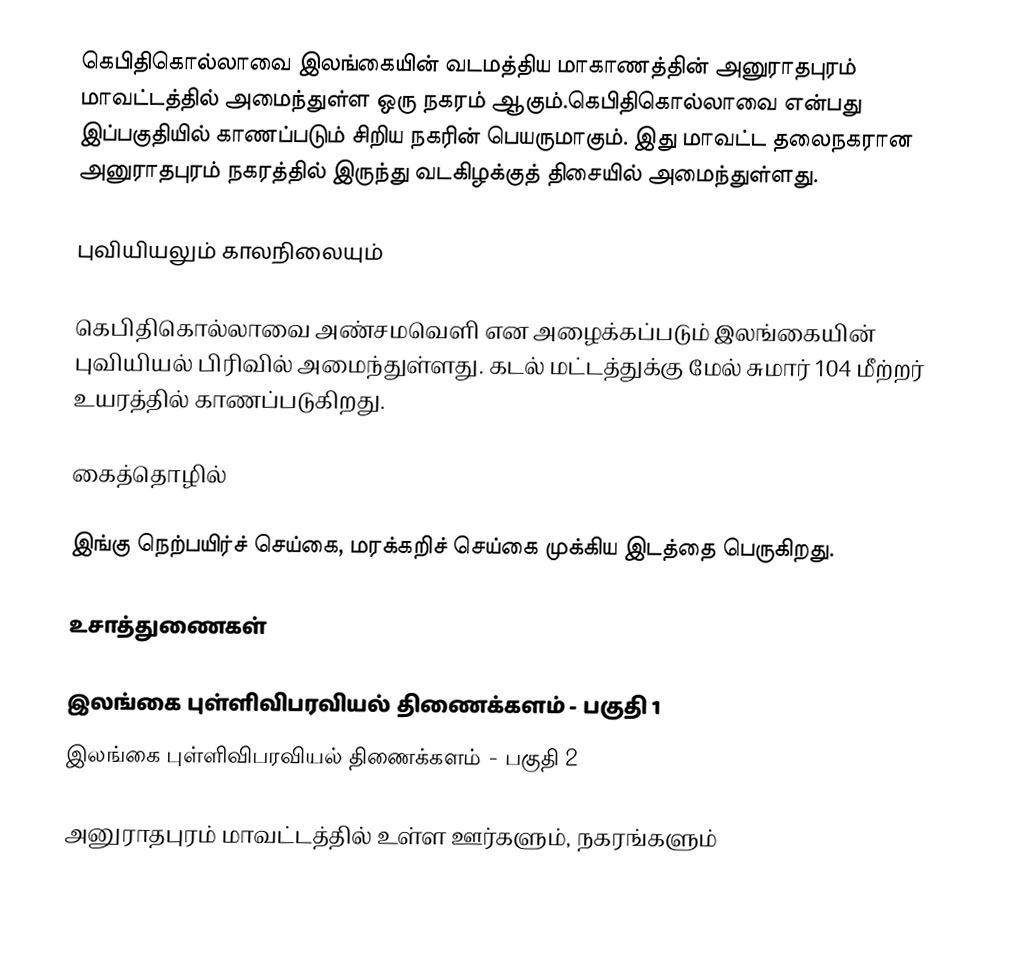
கெபிதிகொல்லாவை இலங்கையின் வடமத்திய மாகாணத்தின் அனுராதபுரம் மாவட்டத்தில் அமைந்துள்ள ஒரு நகரம் ஆகும்.கெபிதிகொல்லாவை என்பது இப்பகுதியில் காணப்படும்  சிறிய நகரின் பெயருமாகும். இது மாவட்ட தலைநகரான அனுராதபுரம் நகரத்தில் இருந்து  வடகிழக்குத் திசையில்  அமைந்துள்ளது.

புவியியலும் காலநிலையும்

கெபிதிகொல்லாவை  அண்சமவெளி என அழைக்கப்படும்  இலங்கையின் புவியியல் பிரிவில் அமைந்துள்ளது. கடல் மட்டத்துக்கு மேல் சுமார் 104 மீற்றர்  உயரத்தில் காணப்படுகிறது.

கைத்தொழில்

இங்கு நெற்பயிர்ச் செய்கை, மரக்கறிச் செய்கை முக்கிய இடத்தை பெருகிறது.

உசாத்துணைகள்

 இலங்கை புள்ளிவிபரவியல் திணைக்களம் - பகுதி 1
 இலங்கை புள்ளிவிபரவியல் திணைக்களம் - பகுதி 2

அனுராதபுரம் மாவட்டத்தில் உள்ள ஊர்களும், நகரங்களும்